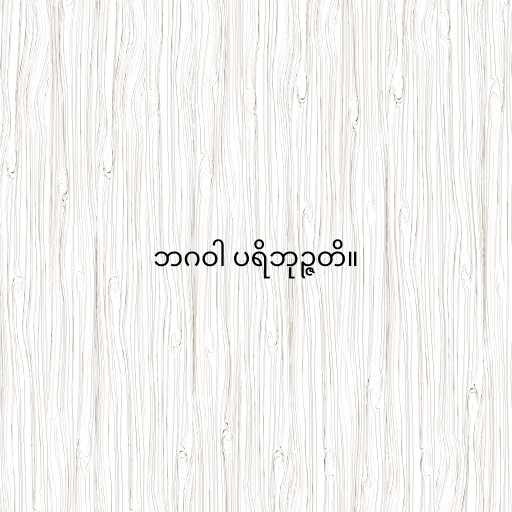
ဘဂဝါ ပရိဘုဉ္ဇတိ။